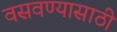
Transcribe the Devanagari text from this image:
वसवण्यासाठी